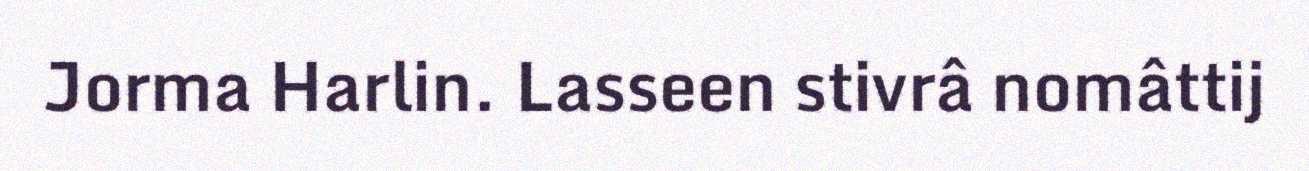
Jorma Harlin. Lasseen stivrâ nomâttij